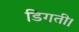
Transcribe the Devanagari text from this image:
डिगती।